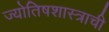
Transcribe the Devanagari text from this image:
ज्योतिषशास्त्राची